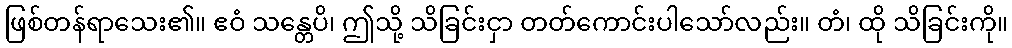
ဖြစ်တန်ရာသေး၏။ ဧဝံ သန္တေပိ၊ ဤသို့ သိခြင်းငှာ တတ်ကောင်းပါသော်လည်း။ တံ၊ ထို သိခြင်းကို။